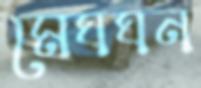
মেঘঘন